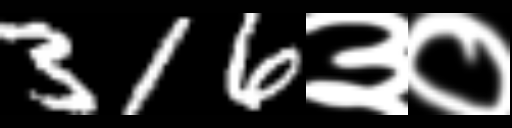
Text: 316३०